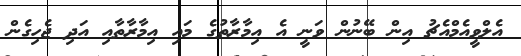
އެލްވީއެމްއެޗު އިން ބޭނުން ވަނީ އެ އިމާރާތުގެ މައި އިމާރާތާއި އަދި ޖެހިގެން